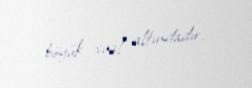
böyük sual altındadır.